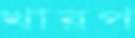
খারপ